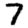
Digit: 7